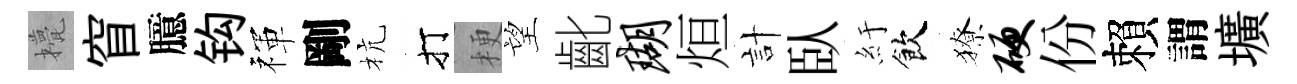
甍窅臆钩禈剛杭打梗望齔瑚烜計臥紆飲獠硬份賴謂壙